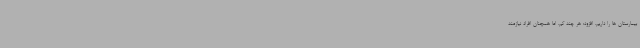
بیمارستان ها را داریم، افزود: هر چند کم، اما همچنان افراد نیازمند